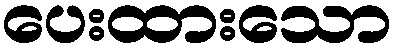
ပေးထားသော